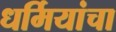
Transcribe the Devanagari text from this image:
धर्मियांचा